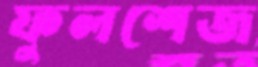
ফুলশেজ